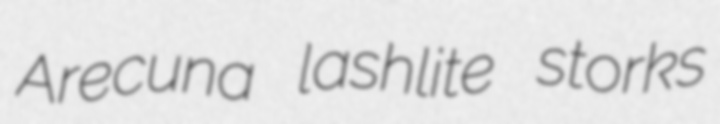
Arecuna lashlite storks